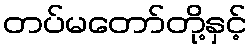
တပ်မတော်တို့နှင့်